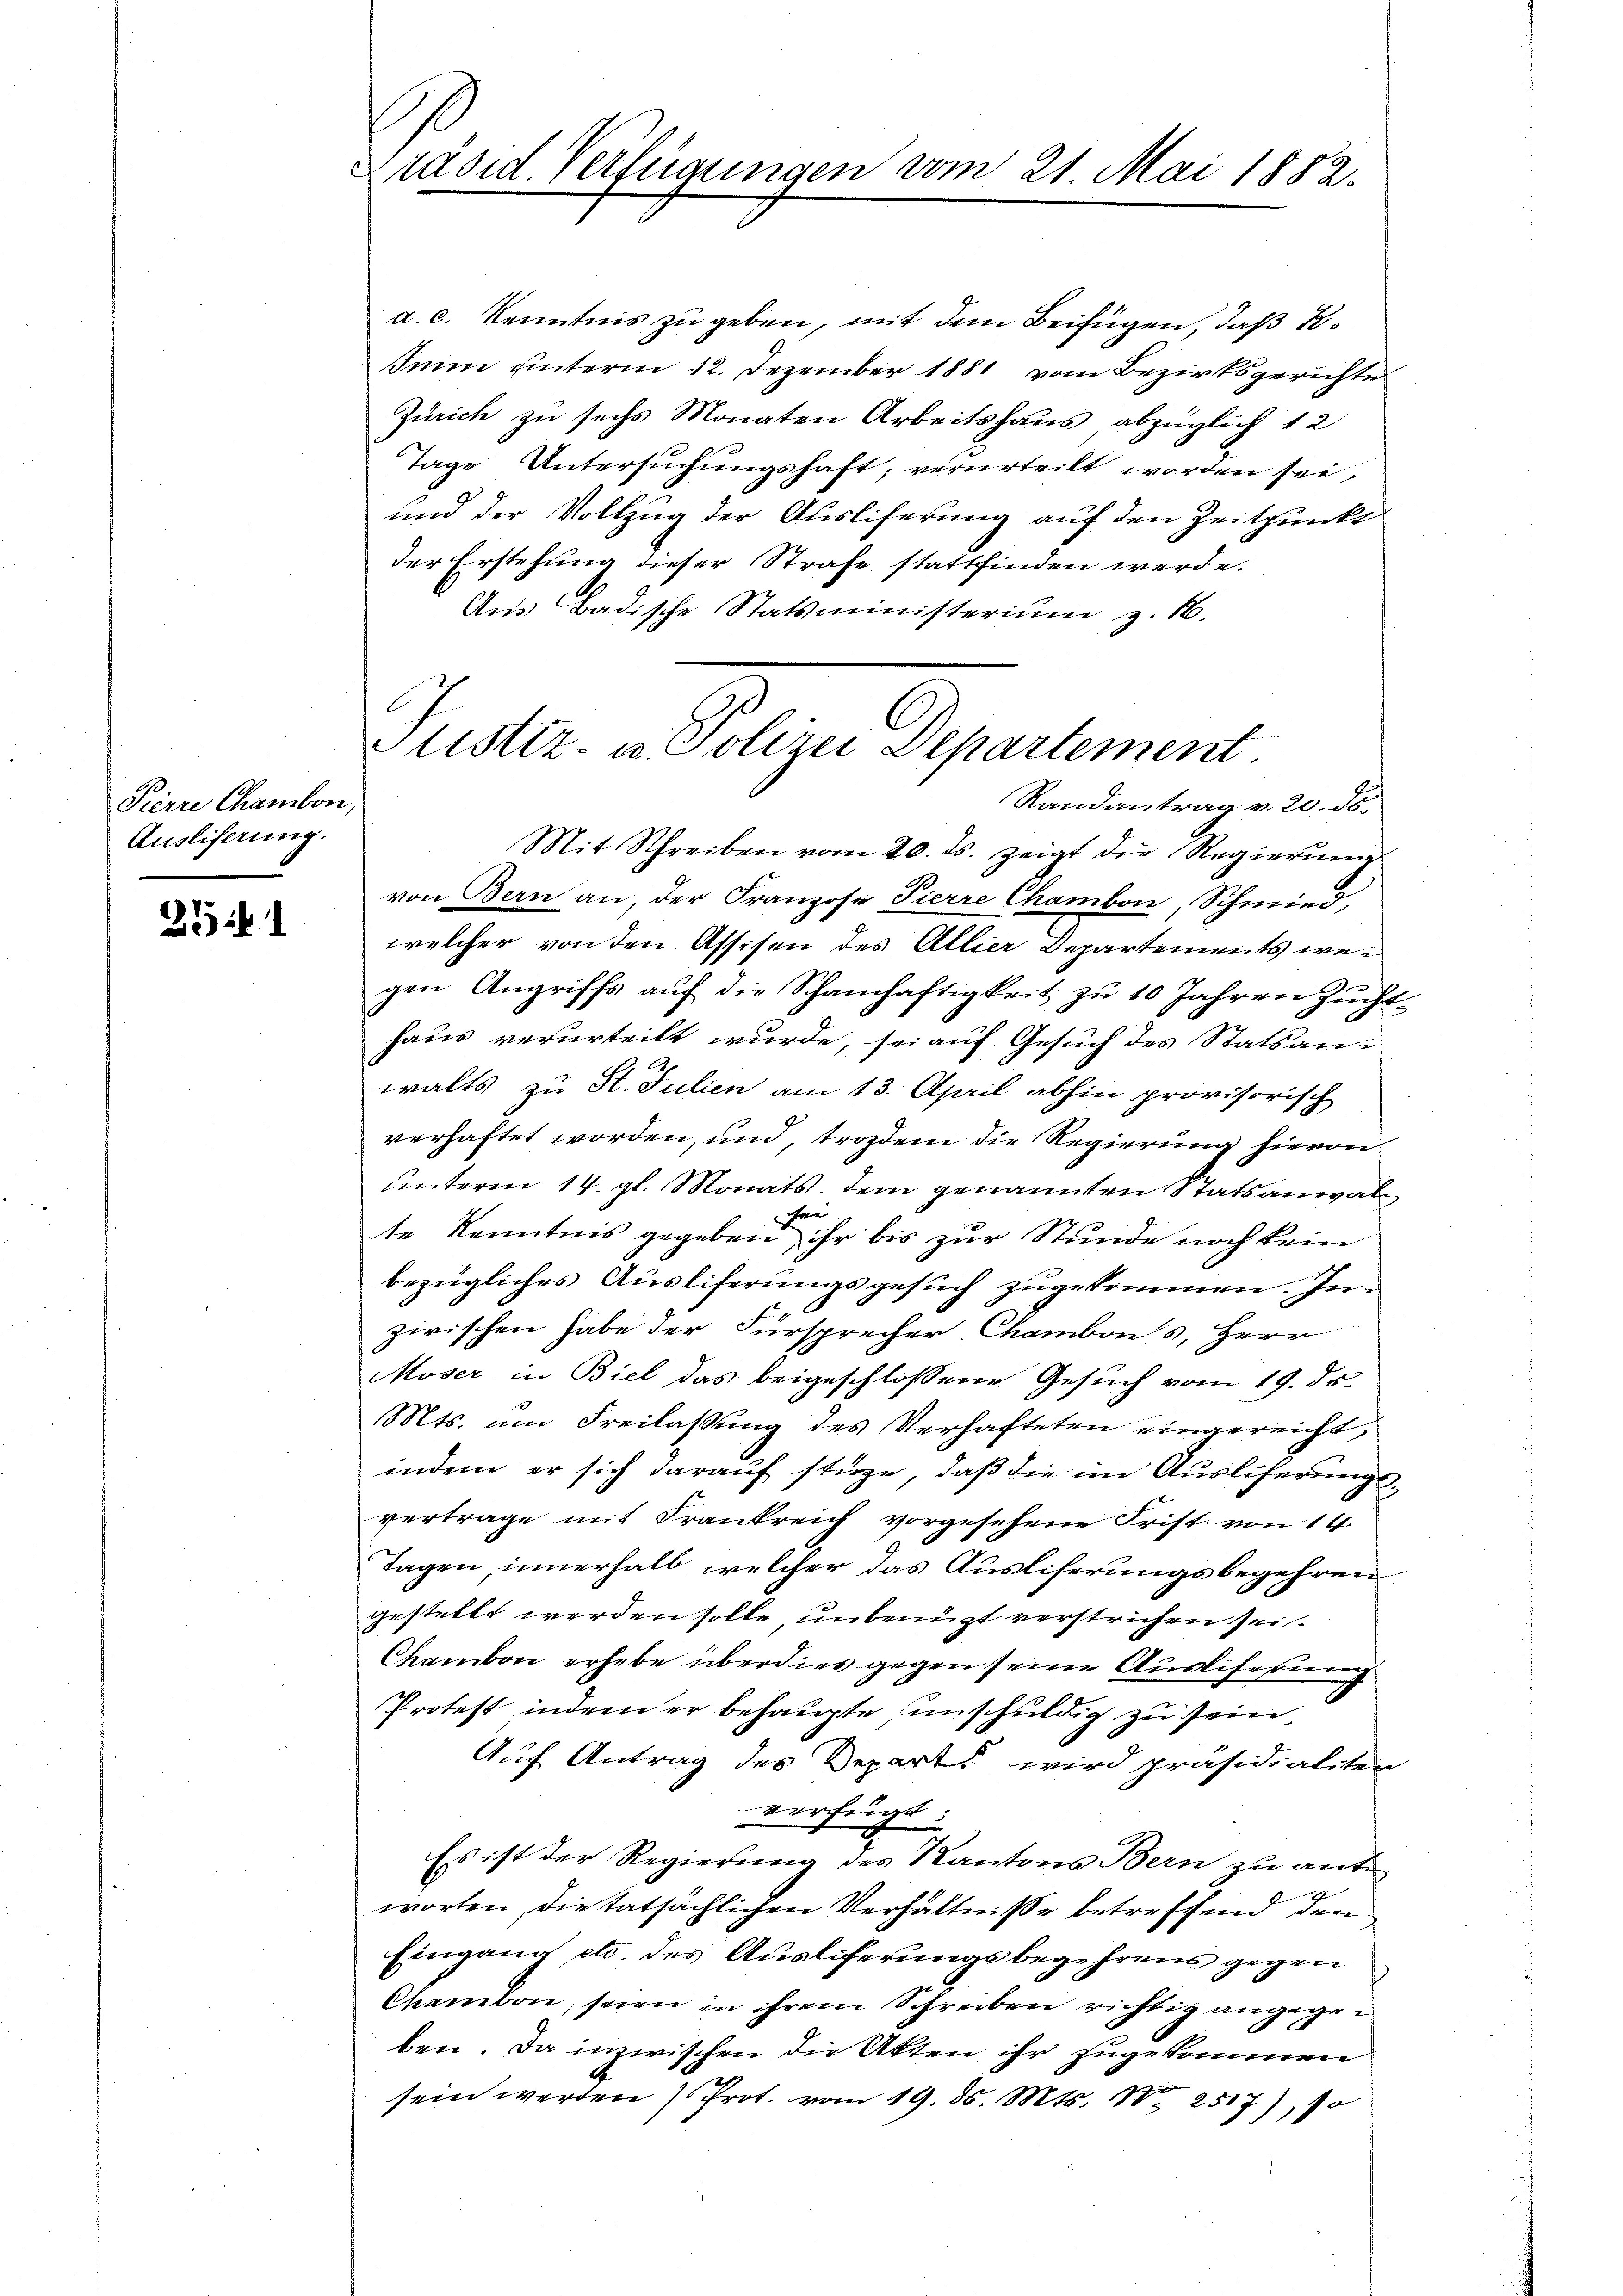
Pierre Chambon,
Auslieferung.

351

Präsid. Verfügungen vom 21. Mai 1882.

d. c. Kenntnis zu geben, mit dem Beifügen, daß Ko
Iinn unterm 12. Dezember 1881 vom Bezirksgerichte
Zürich zu sechs Monaten Arbeitshaus abzüglich 12
Tage Untersuchungshaft, verurteilt worden sei,
und der Vollzug der Ausliferung auf den Zeitpunkt
der Erstehung dieser Strafe stattfinden werde.
Am Badische Statsministerium z. 10.
Randantrag v. 20. ds.
Mit Schreiben vom 20. ds. zeigt die Regierung
von Bern an, der Franzose Pierre Chambon, Schmied,
welcher von den Assisen des Allier Departements wegen Angriffs aŭf die Schamhaftigkeit zŭ 10 Jahren Zŭcht-
haus verurteilt wurde, sei auf Gesuch des Statsanwalts zu St. Julien am 13. April abhin provisorisch
verhaftet worden, und, trozdem die Regierung hievon
unterm 14. gl. Monats, dem genannten Statsanwale
s
te Kenntnis gegeben ihr bis zur Stunde noch kein
bezügliches Auslieferungsgesuch zugekommen. Inzirischen habe der Fürsprecher Chambons, Herr
Moser in Biel das beigeschlossene Gesuch vom 19. ds.
Mts. um Freilassung des Verhafteten eingereicht,
indem er sich darauf stürze, daß die im Auslieferungsvertrage mit Frankreich vorgesehene Frist. von 14
Tagen, innerhalb welcher das Ausliferungsbegehren,
gestellt werden solle, unbenügt verstrichen sei.
Chambon erhebe überdies gegen seine Ausliferung
Protest indem er behaupte umschuldig zu sein,
Auf Antrag des Departs wird präsidialiten
verfügt:
Es ist der Regierung des Kantons Bern zu ant
worten, die tatsächlichen Verhältniße betreffend den
Eingang etc. des Ausliferungsbegehrens gegen
Chamben, seien in ihrem Schreiben richtig angegeben. Da inzwischen die Akten ihr zugekommen
sein werden Prot. vom 19. d. Mts. No 2517), 10

Justiz- u. Polizei Departement.